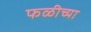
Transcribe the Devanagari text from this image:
फळीच्या